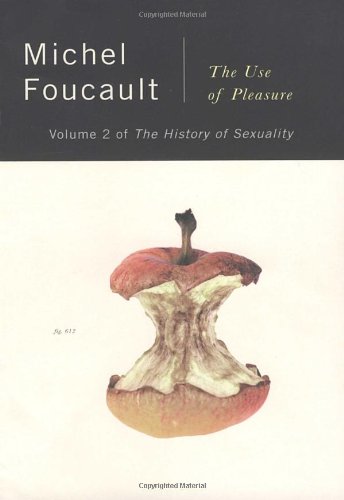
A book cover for The History of Sexuality, Vol. 2: The Use of Pleasure; Michel Foucault; Medical Books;